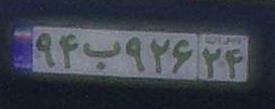
۹۴ب۹۲۶۲۴